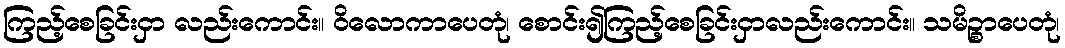
ကြည့်စေခြင်းငှာ လည်းကောင်း။ ဝိလောကာပေတုံ၊ စောင်း၍ကြည့်စေခြင်းငှာလည်းကောင်း။ သမိဉ္စာပေတုံ၊